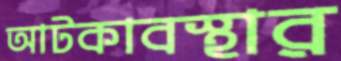
আটকাবস্থার